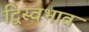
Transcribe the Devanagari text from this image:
द्विस्‍वभाव